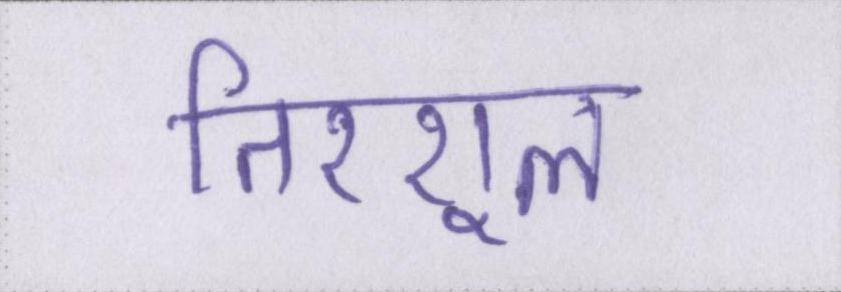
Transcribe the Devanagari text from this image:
तिरशूल